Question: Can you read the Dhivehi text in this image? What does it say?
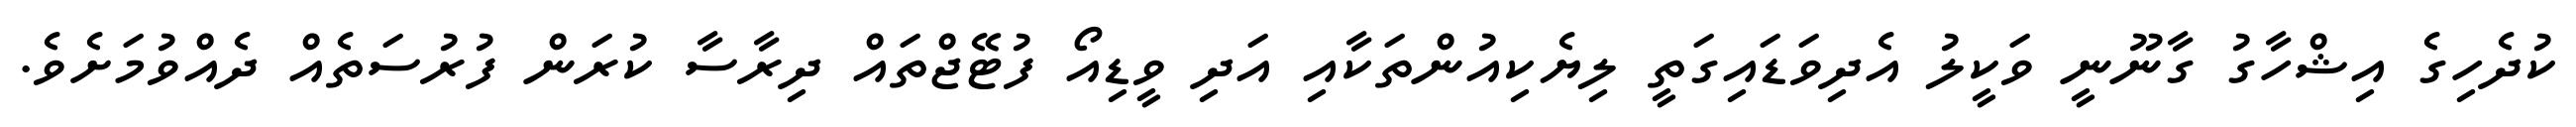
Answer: ކުދެހިގެ އިޝްހާގު ގާނޫނީ ވަކީލު އެދިވަޑައިގަތީ ލިޔެކިއުންތަކާއި އަދި ވީޑިއޯ ފުޓޭޖްތައް ދިރާސާ ކުރަން ފުރުސަތެއް ދެއްވުމަށެވެ.